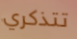
تتذكري